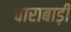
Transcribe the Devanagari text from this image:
चाराबाड़ी